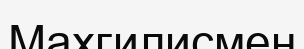
Махгилисмен